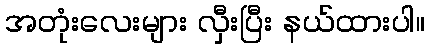
အတုံးလေးများ လှီးပြီး နယ်ထားပါ။